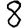
Digit: 8